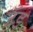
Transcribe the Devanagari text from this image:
उँड